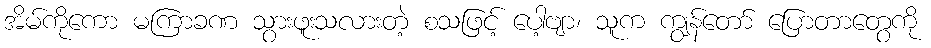
အိမ်ကိုကော မကြာခဏ သွားဖူးသလားတဲ့ စသဖြင့် ပေါ့ဗျာ၊ သူက ကျွန်တော် ပြောတာတွေကို